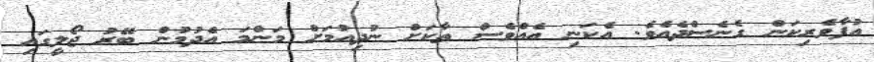
އުފާވެރިކަން ގެނެސްދެއެވެ. އެކަނި އެއްވެސް ތާކަށް ނުދިއުމަށް މަންމަ އެދުމުން ބޭރު ޖޯލީގައި